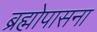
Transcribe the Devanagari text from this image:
ब्रह्मोपासना